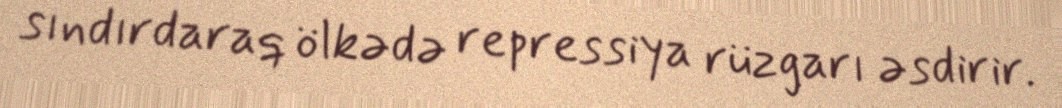
sındırdaraq ölkədə repressiya rüzgarı əsdirir.